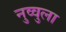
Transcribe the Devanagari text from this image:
नुव्वुला